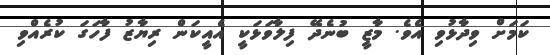
ކަމަށް ވިދާޅުވި އެވެ. މާޒީ ބުނެދޭ ފިލާވަޅަކީ އެއީކަން ރިޔާޒު ފާހަގަ ކުރެއްވި